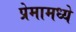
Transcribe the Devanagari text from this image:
प्रेमामध्ये